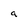
Character: a